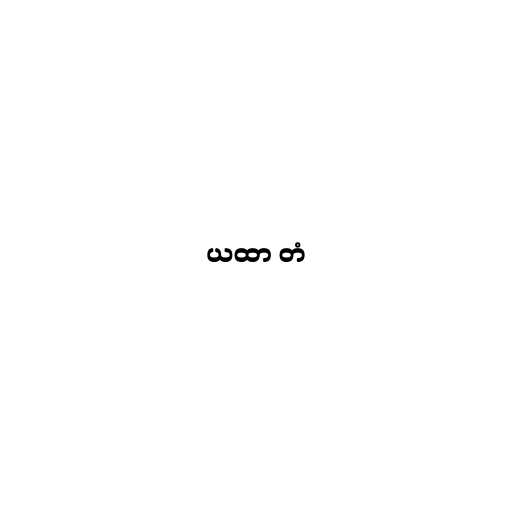
ယထာ တံ